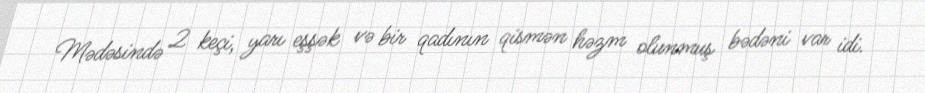
Mədəsində 2 keçi, yarı eşşək və bir qadının qismən həzm olunmuş bədəni var idi.